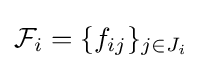
{\mathcal {F}}_{i}=\{f_{ij}\}_{j\in J_{i}}